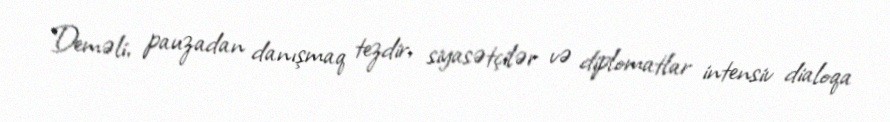
Deməli, pauzadan danışmaq tezdir, siyasətçilər və diplomatlar intensiv dialoqa